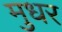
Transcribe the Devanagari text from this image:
मुधर